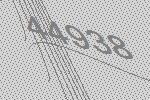
44938